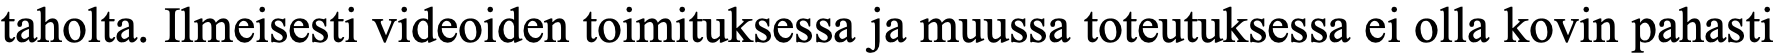
taholta. Ilmeisesti videoiden toimituksessa ja muussa toteutuksessa ei olla kovin pahasti